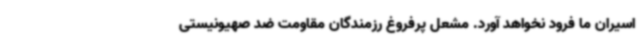
اسیران ما فرود نخواهد آورد. مشعل پرفروغ رزمندگان مقاومت ضد صهیونیستی